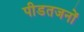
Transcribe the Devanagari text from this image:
पीडतजनों